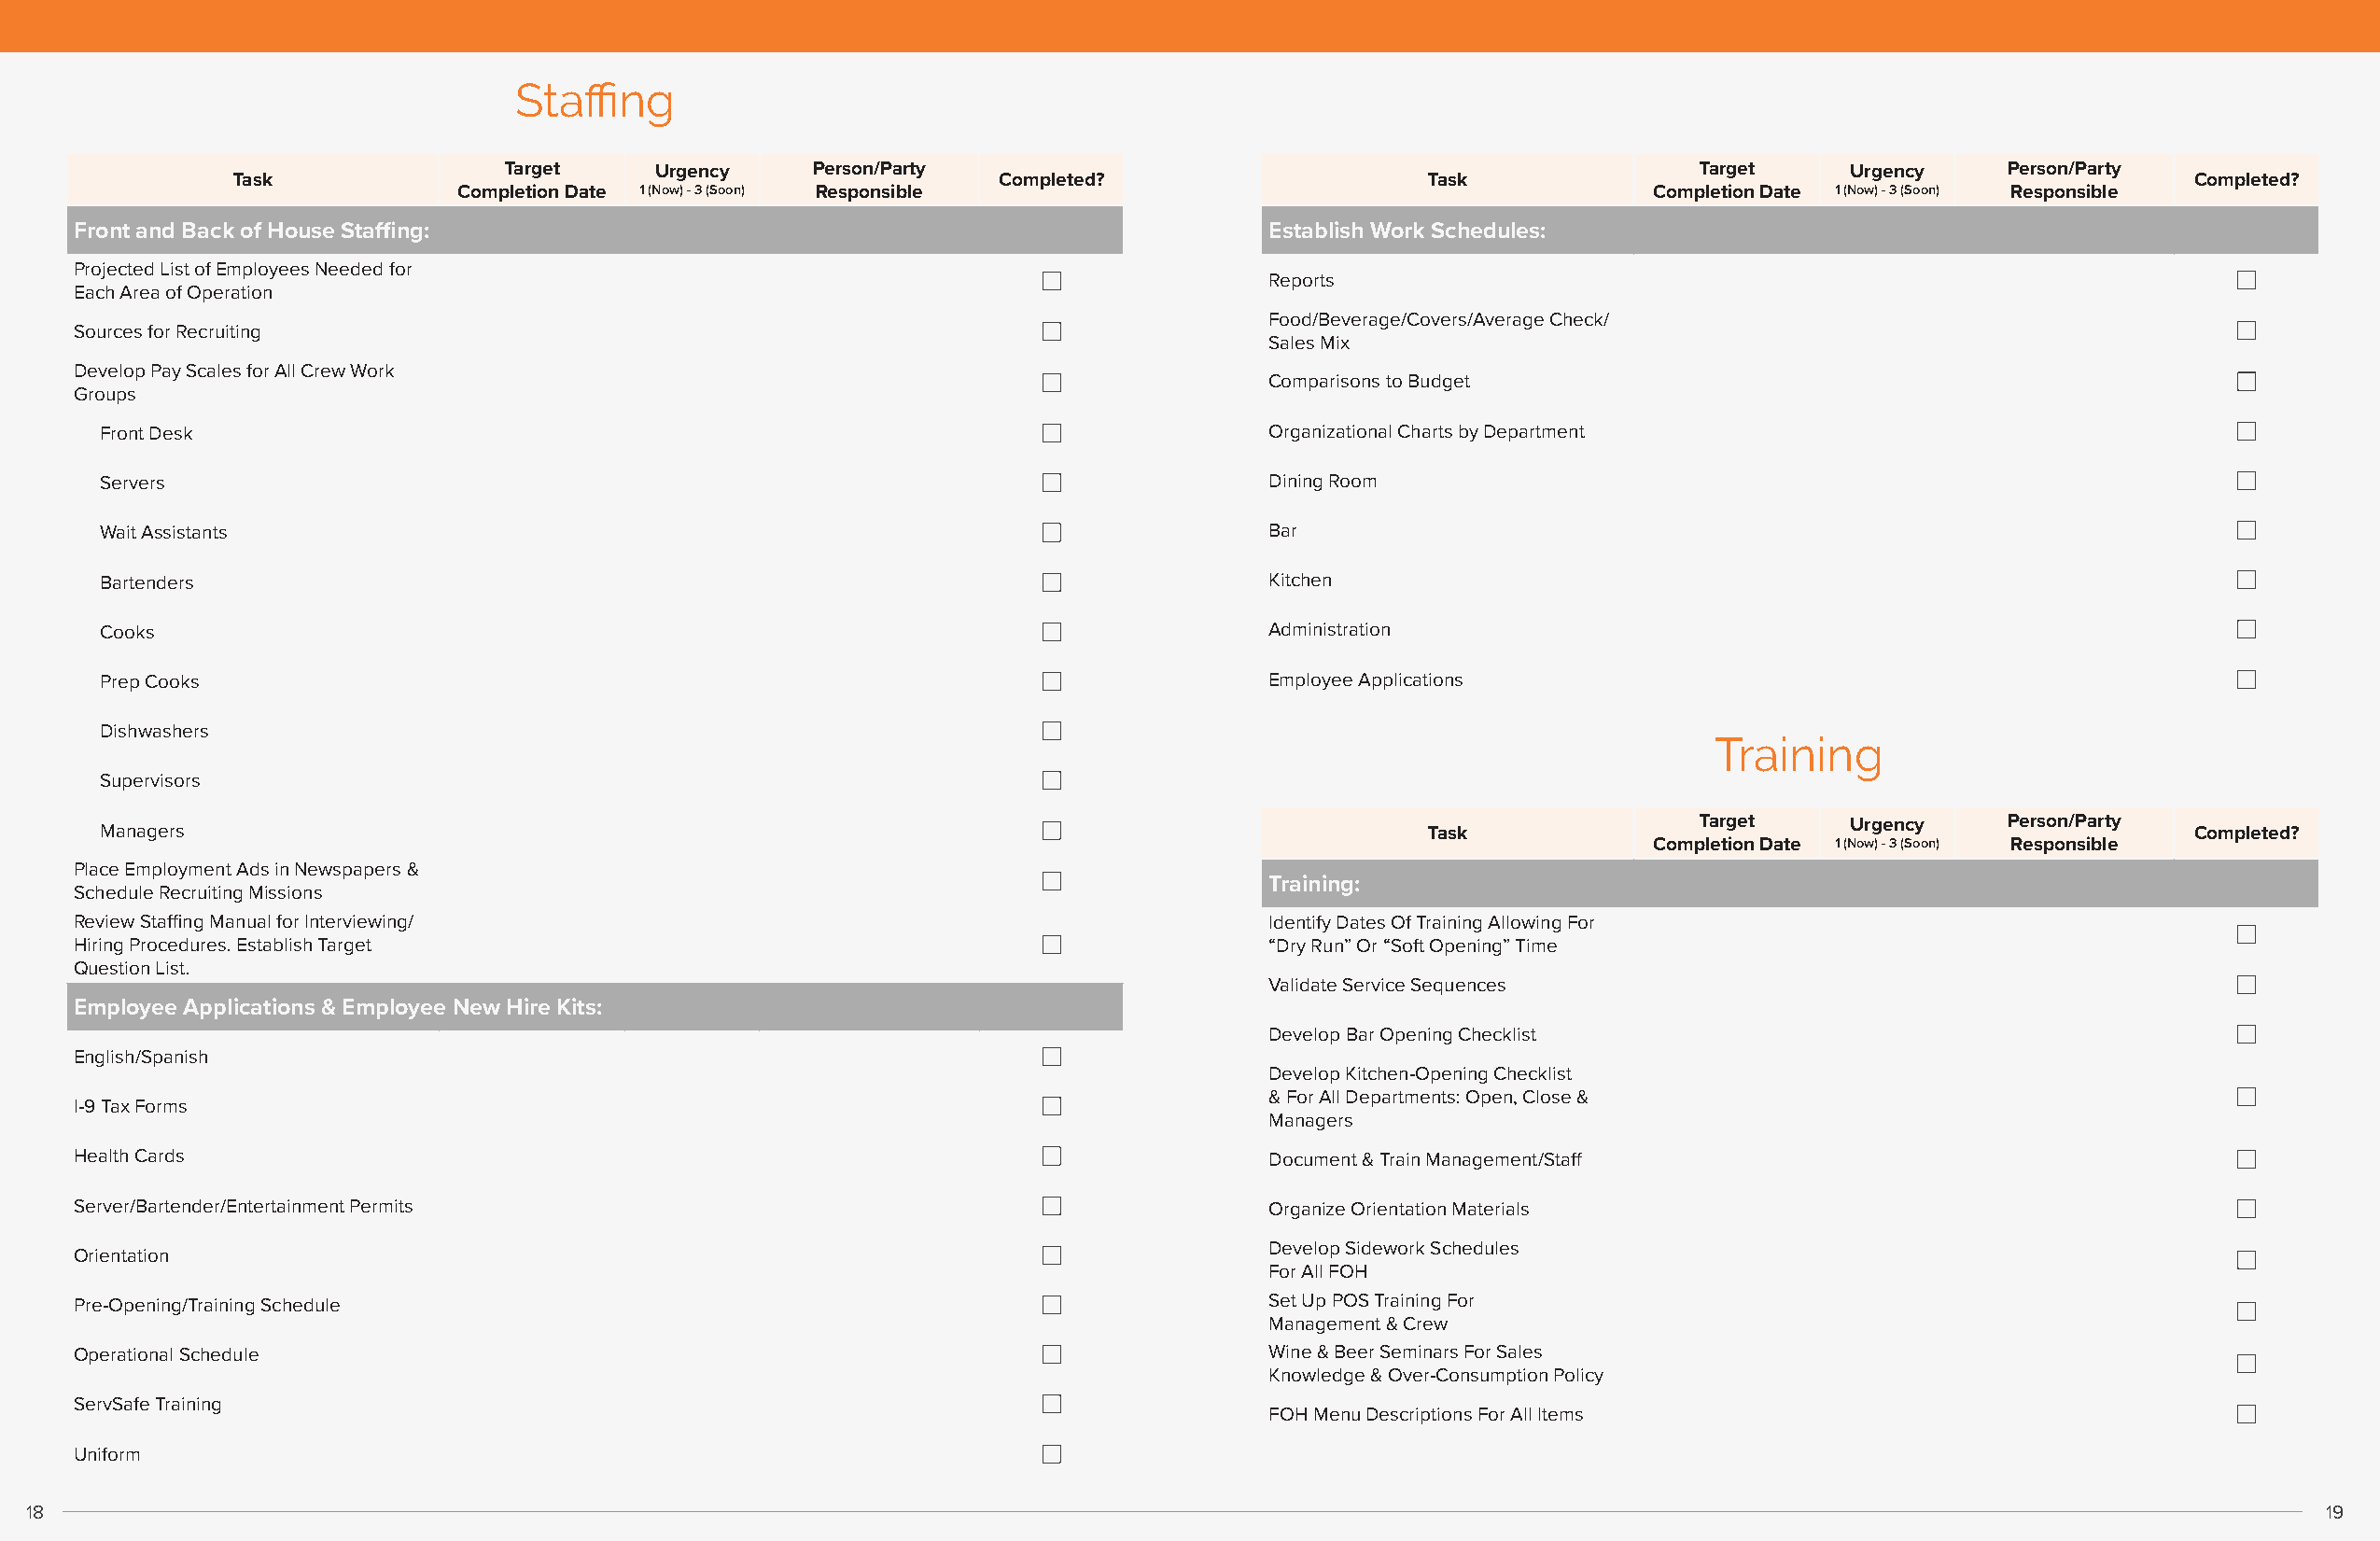
Staffing
 Target    Urgency     Person/Party                                                   Target    Urgency    Person/Party
 Task                                                   Completed?                    Task                                                   Completed?
 Completion Date 1 (Now) - 3 (Soon) Responsible                                       Completion Date 1 (Now) - 3 (Soon) Responsible
 Front and Back of House Staffing:                                                    Establish Work Schedules:
 Projected List of Employees Needed for
 Reports
 Each Area of Operation
 Food/Beverage/Covers/Average Check/
 Sources for Recruiting
 Sales Mix
 Develop Pay Scales for All Crew Work
 Comparisons to Budget
 Groups
 Front Desk                                                                         Organizational Charts by Department
 Servers                                                                            Dining Room
 Wait Assistants                                                                    Bar
 Bartenders                                                                         Kitchen
 Cooks                                                                              Administration
 Prep Cooks                                                                         Employee Applications
 Dishwashers
 Training
 Supervisors
 Managers                                                                                      Task                Target    Urgency    Person/Party  Completed?
 Completion Date 1 (Now) - 3 (Soon) Responsible
 Place Employment Ads in Newspapers &
 Training:
 Schedule Recruiting Missions
 Review Staffing Manual for Interviewing/                                             Identify Dates Of Training Allowing For
 Hiring Procedures. Establish Target                                                  “Dry Run” Or “Soft Opening” Time
 Question List.
 Validate Service Sequences
 Employee Applications & Employee New Hire Kits:
 Develop Bar Opening Checklist
 English/Spanish
 Develop Kitchen-Opening Checklist
 & For All Departments: Open, Close &
 I-9 Tax Forms
 Managers
 Health Cards                                                                         Document & Train Management/Staff
 Server/Bartender/Entertainment Permits                                               Organize Orientation Materials
 Develop Sidework Schedules
 Orientation
 For All FOH
 Pre-Opening/Training Schedule                                                        Set Up POS Training For
 Management & Crew
 Operational Schedule                                                                 Wine & Beer Seminars For Sales
 Knowledge & Over-Consumption Policy
 ServSafe Training
 FOH Menu Descriptions For All Items
 Uniform
 18                                                                                                                                                                 19